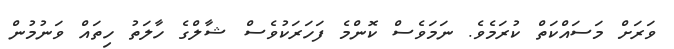
ވަރަށް މަސައްކަތް ކުރަމެވެ. ނަމަވެސް ކޮންމެ ފަހަރަކުވެސް ޝާލްގެ ހާލަތު ހިތައް ވަނުމުން